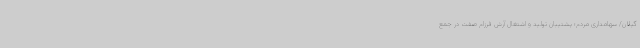
گیلان/ سهامداری مردم؛ پشتیبان تولید و اشتغال آرش فرزام صفت در جمع